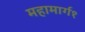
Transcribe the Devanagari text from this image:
महामार्ग१